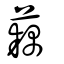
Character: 藕